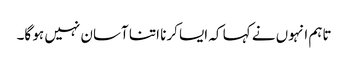
تاہم انہوں نے کہا کہ ایسا کرنا اتنا آسان نہیں ہو گا۔